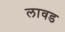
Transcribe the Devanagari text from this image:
लावड